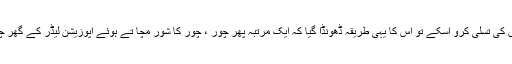
حکومت کو کسی ایسے ڈرامے کی ضرورت ہے جو ان حقائق کو چھپاتے ہوئے اس کے حامیوں کی تسلی کرو اسکے تو اس کا یہی طریقہ ڈھونڈا گیا کہ ایک مرتبہ پھر چور ، چور کا شور مچا تے ہوئے اپوزیشن لیڈر کے گھر چڑھ دوڑو مگر میری نظر میں یہ واحد وجہ نہیں ہے بلکہ یہ دو بڑی وجوہات میں سے ایک ہے۔